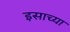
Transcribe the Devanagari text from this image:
इसाच्या